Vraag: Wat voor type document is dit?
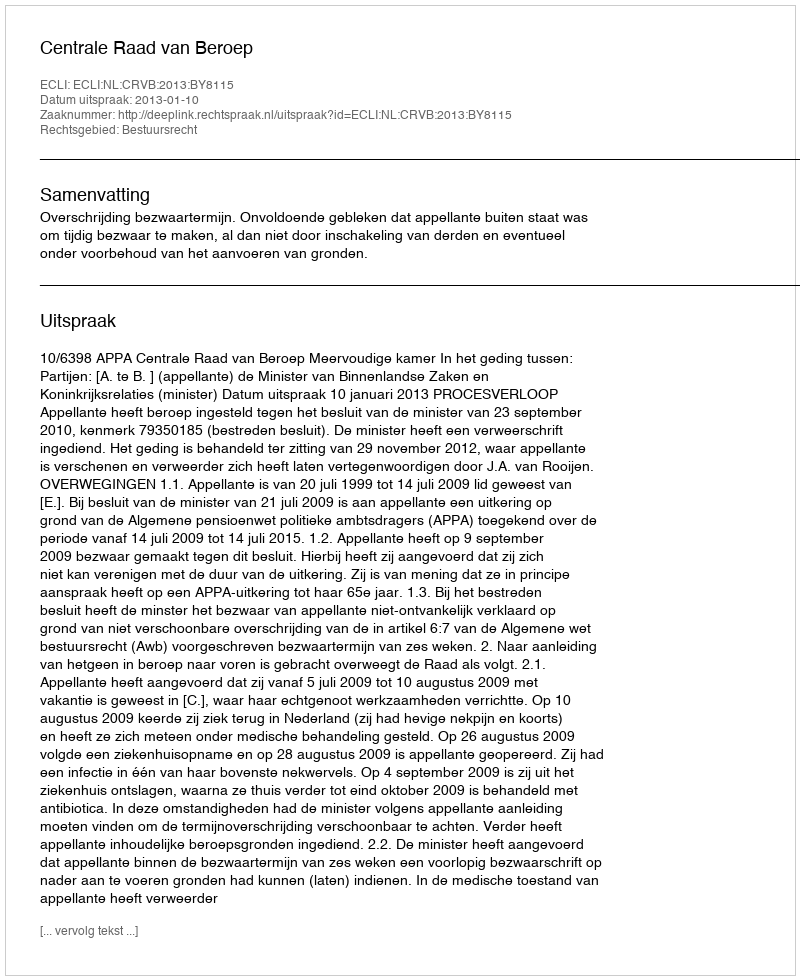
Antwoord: Uitspraak